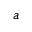
a